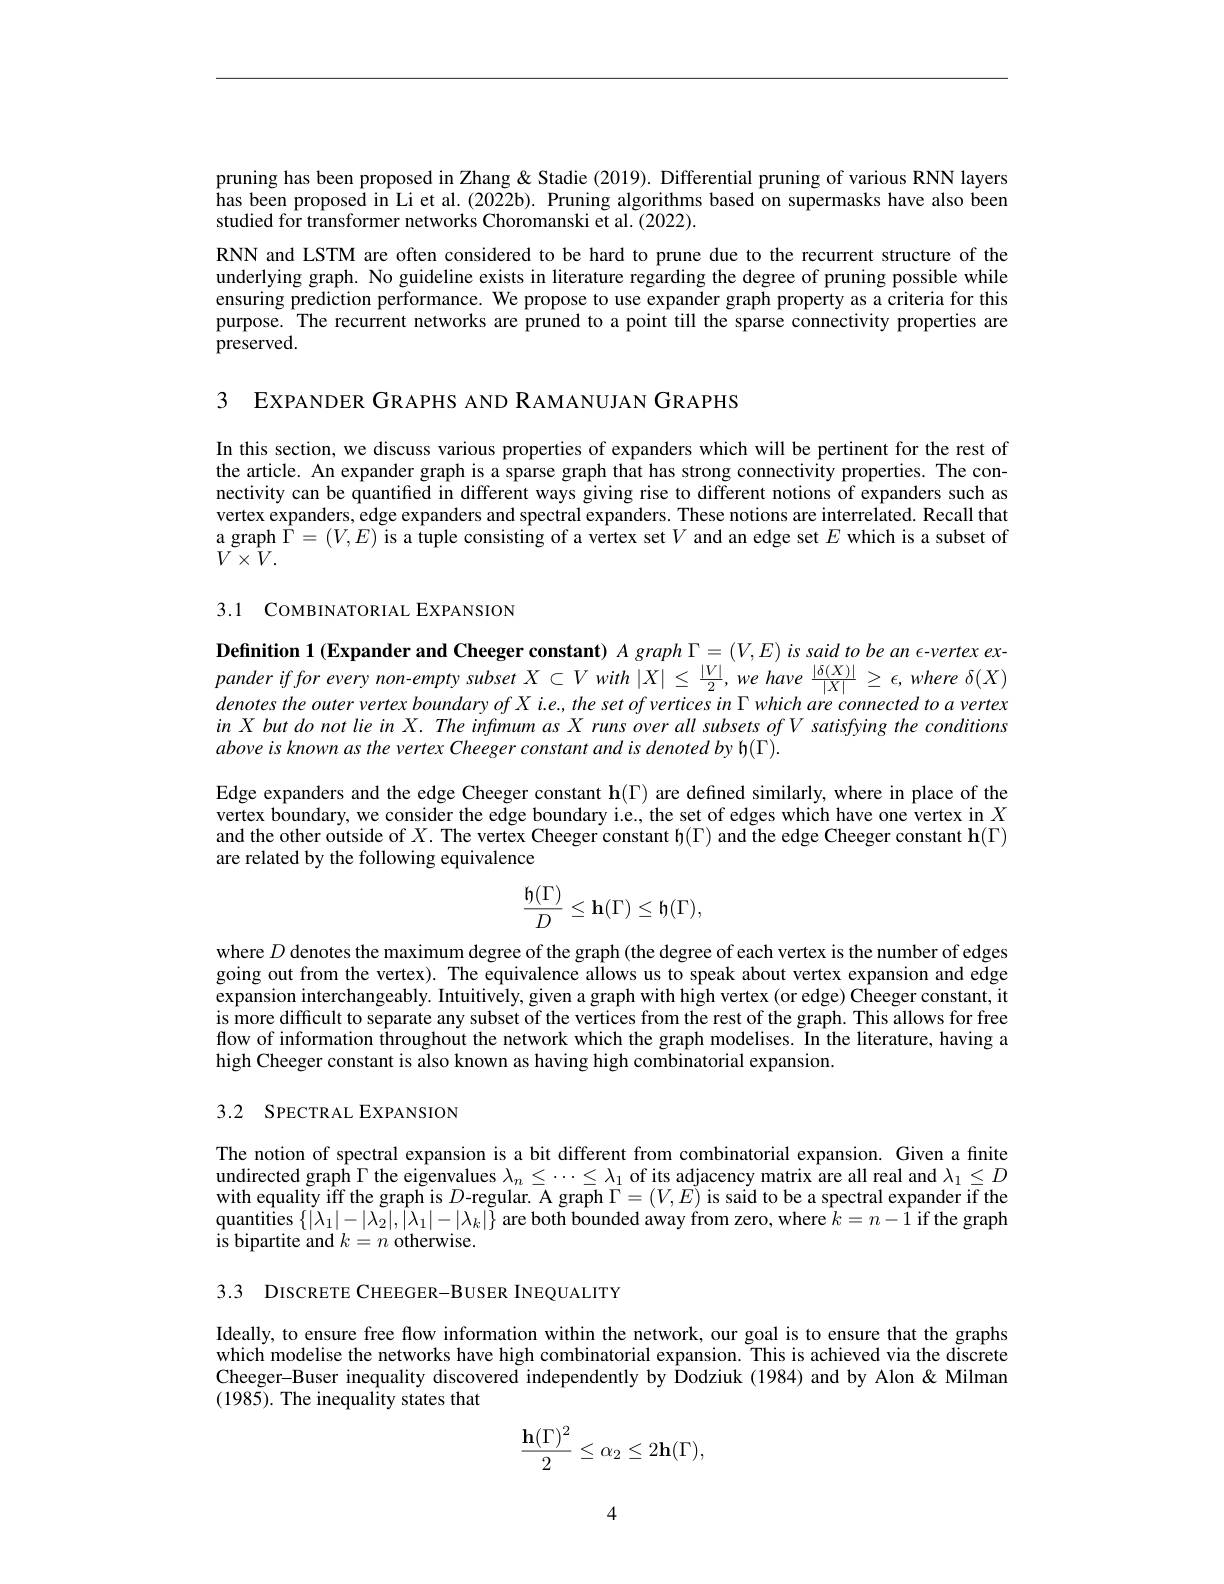
pruning has been proposed in Zhang & Stadie (2019). Differential pruning of various RNN layers has been proposed in Li et al. (2022b). Pruning algorithms based on supermasks have also been studied for transformer networks Choromanski et al. (2022).

RNN and LSTM are often considered to be hard to prune due to the recurrent structure of the underlying graph. No guideline exists in literature regarding the degree of pruning possible while ensuring prediction performance. We propose to use expander graph property as a criteria for this purpose. The recurrent networks are pruned to a point till the sparse connectivity properties are preserved.

3 EXPANDER GRAPHS AND RAMANUJAN GRAPHS

In this section, we discuss various properties of expanders which will be pertinent for the rest of the article. An expander graph is a sparse graph that has strong connectivity properties. The connectivity can be quantified in different ways giving rise to different notions of expanders such as vertex expanders, edge expanders and spectral expanders. These notions are interrelated. Recall that a graph $\hat{\Gamma}=(V,E)$ is a tuple consisting of a vertex set $V$ and an edge set $E$ which is a subset of $V\times\hat{V}.$

3.1 COMBINATORIAL EXPANSION

Definition 1 (Expander and Cheeger constant) $A$ graph $\Gamma=(V,E)$ is said to be an $\epsilon$-vertex expander iffor every $non- empty$ subset $X$ $\subset V$ with $| X| \leq$ $\frac {| V| }2$, $we$ have $\frac {| \delta ( X) | }{| X| }\geq \epsilon $, where $\delta ( X)$ denotes the outer vertex boundary of X i.e., the set of vertices in $\Gamma$ which are connected to a vertex in $X$ but do not lie in $X.$ The infimum as $X$ runs over all subsets of V satisfying the conditions above is known as the vertex Cheeger constant and is denoted by h( $\Gamma).$

Edge expanders and the edge Cheeger constant $\mathbf{h}(\Gamma)$ are defined similarly, where in place of the vertex boundary, we consider the edge boundary i.e, the set of edges which have one vertex in $X$ and the other outside of $X.$ The vertex Cheeger constant h($\Gamma)$ and the edge Cheeger constant h($\Gamma)$ are related by the following equivalence
$$\frac{\mathfrak{h}(\Gamma)}{D}\leq\mathbf{h}(\Gamma)\leq\mathfrak{h}(\Gamma),$$
where $D$ denotes the maximum degree of the graph (the degree of each vertex is the number of edges going out from the vertex). The equivalence allows us to speak about vertex expansion and edge expansion interchangeably. Intuitively, given a graph with high vertex (or edge) Cheeger constant, it is more difficult to separate any subset of the vertices from the rest of the graph. This allows for free flow of information throughout the network which the graph modelises. In the literature, having a high Cheeger constant is also known as having high combinatorial expansion.

## 3.2 SPECTRAL EXPANSION

The notion of spectral expansion is a bit different from combinatorial expansion. Given a finite undirected graph $\Gamma$ the eigenvalues $\lambda_n\leq\cdots\leq\lambda_1$ of its adjacency matrix are all real and $\lambda_1\leq D$ with equality iff the graph is $D$-regular. A graph $\Gamma=(V,E)$ is said to be a spectral expander if the quantities $\{|\lambda_1|-|\lambda_2|,|\lambda_1|-|\lambda_k|\}$ are both bounded away from zero, where $\hat{k}=n-\hat{1}$ if the graph is bipartite and $k=n$ otherwise.

3.3 DISCRETE CHEEGER-BUSER INEQUALITY

Ideally, to ensure free flow information within the network, our goal is to ensure that the graphs which modelise the networks have high combinatorial expansion. This is achieved via the discrete Cheeger-Buser inequality discovered independently by Dodziuk (1984) and by Alon &Milman (1985). The inequality states that
$$\frac{\mathbf{h}(\Gamma)^2}{2}\leq\alpha_2\leq2\mathbf{h}(\Gamma),$$
4